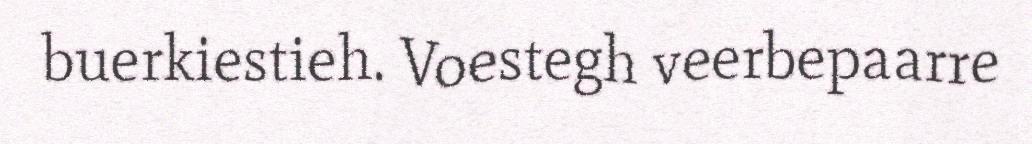
buerkiestieh. Voestegh veerbepaarre